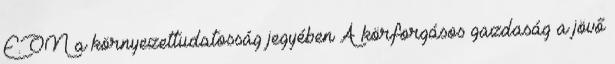
E.ON a környezettudatosság jegyében A körforgásos gazdaság a jövő